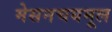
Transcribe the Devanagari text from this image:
मेसनचयमूल